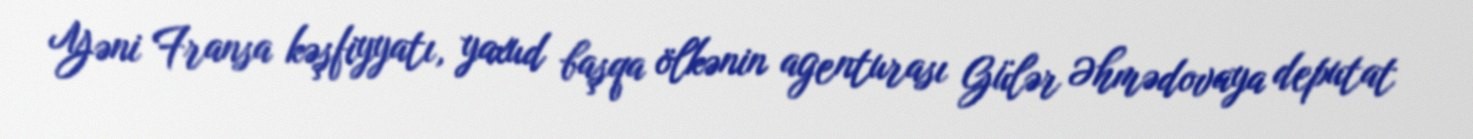
Yəni Fransa kəşfiyyatı, yaxud başqa ölkənin agenturası Gülər Əhmədovaya deputat